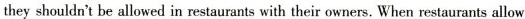
they shouldn't be allowed in restaurants with their owners. When restaurants allow